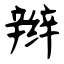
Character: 辫